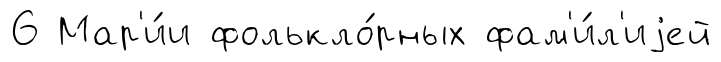
6 Мар'и́и фолькло́рных фам'и́л'иjей